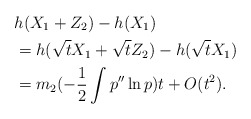
\begin{align*}&h(X_1+Z_2)-h(X_1)\\&=h(\sqrt{t}X_1+\sqrt{t}Z_2)-h(\sqrt{t}X_1)\\&=m_2(-\frac1{2}\int p''\ln p)t+O(t^2).\end{align*}